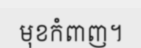
មុខកំពាញ។